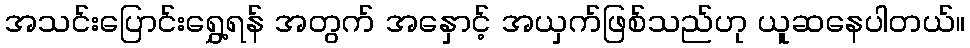
အသင်းပြောင်းရွှေ့ရန် အတွက် အနှောင့် အယှက်ဖြစ်သည်ဟု ယူဆနေပါတယ်။